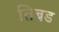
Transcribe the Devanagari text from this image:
तिबड